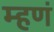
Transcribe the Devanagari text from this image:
म्हणं